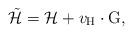
LaTeX: \begin{align*}\tilde{\cal H} = {\cal H} + v_{\rm H} \cdot {\rm G},\end{align*}